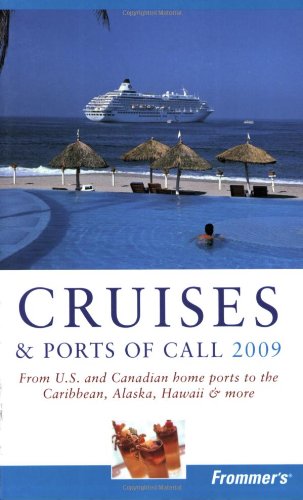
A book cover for Frommer's Cruises and Ports of Call 2009 (Frommer's Complete Guides); Matt Hannafin; Travel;